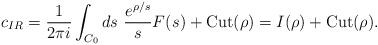
LaTeX: \begin{align*} c_{IR}=\frac{1}{2\pi i}\int_{C_0}ds\ \frac{e^{\rho/ s}}{s}F(s^{})+\mbox{Cut}(\rho)=I(\rho)+ \mbox{Cut}(\rho).\end{align*}